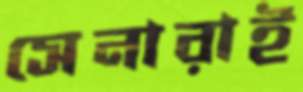
সেনারাই